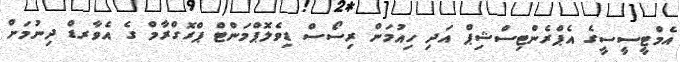
އެމްޓީސީސީގެ އެޕްރެންޓިސްޝިޕް އަދި ހިއުމަން ރިސޯސް ޑިވެލޮޕްމަންޓް ޕްރޮގްރާމް ގެ އެވާރޑް ދިނުމަށް